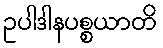
ဥပါဒါနပစ္စယာတိ